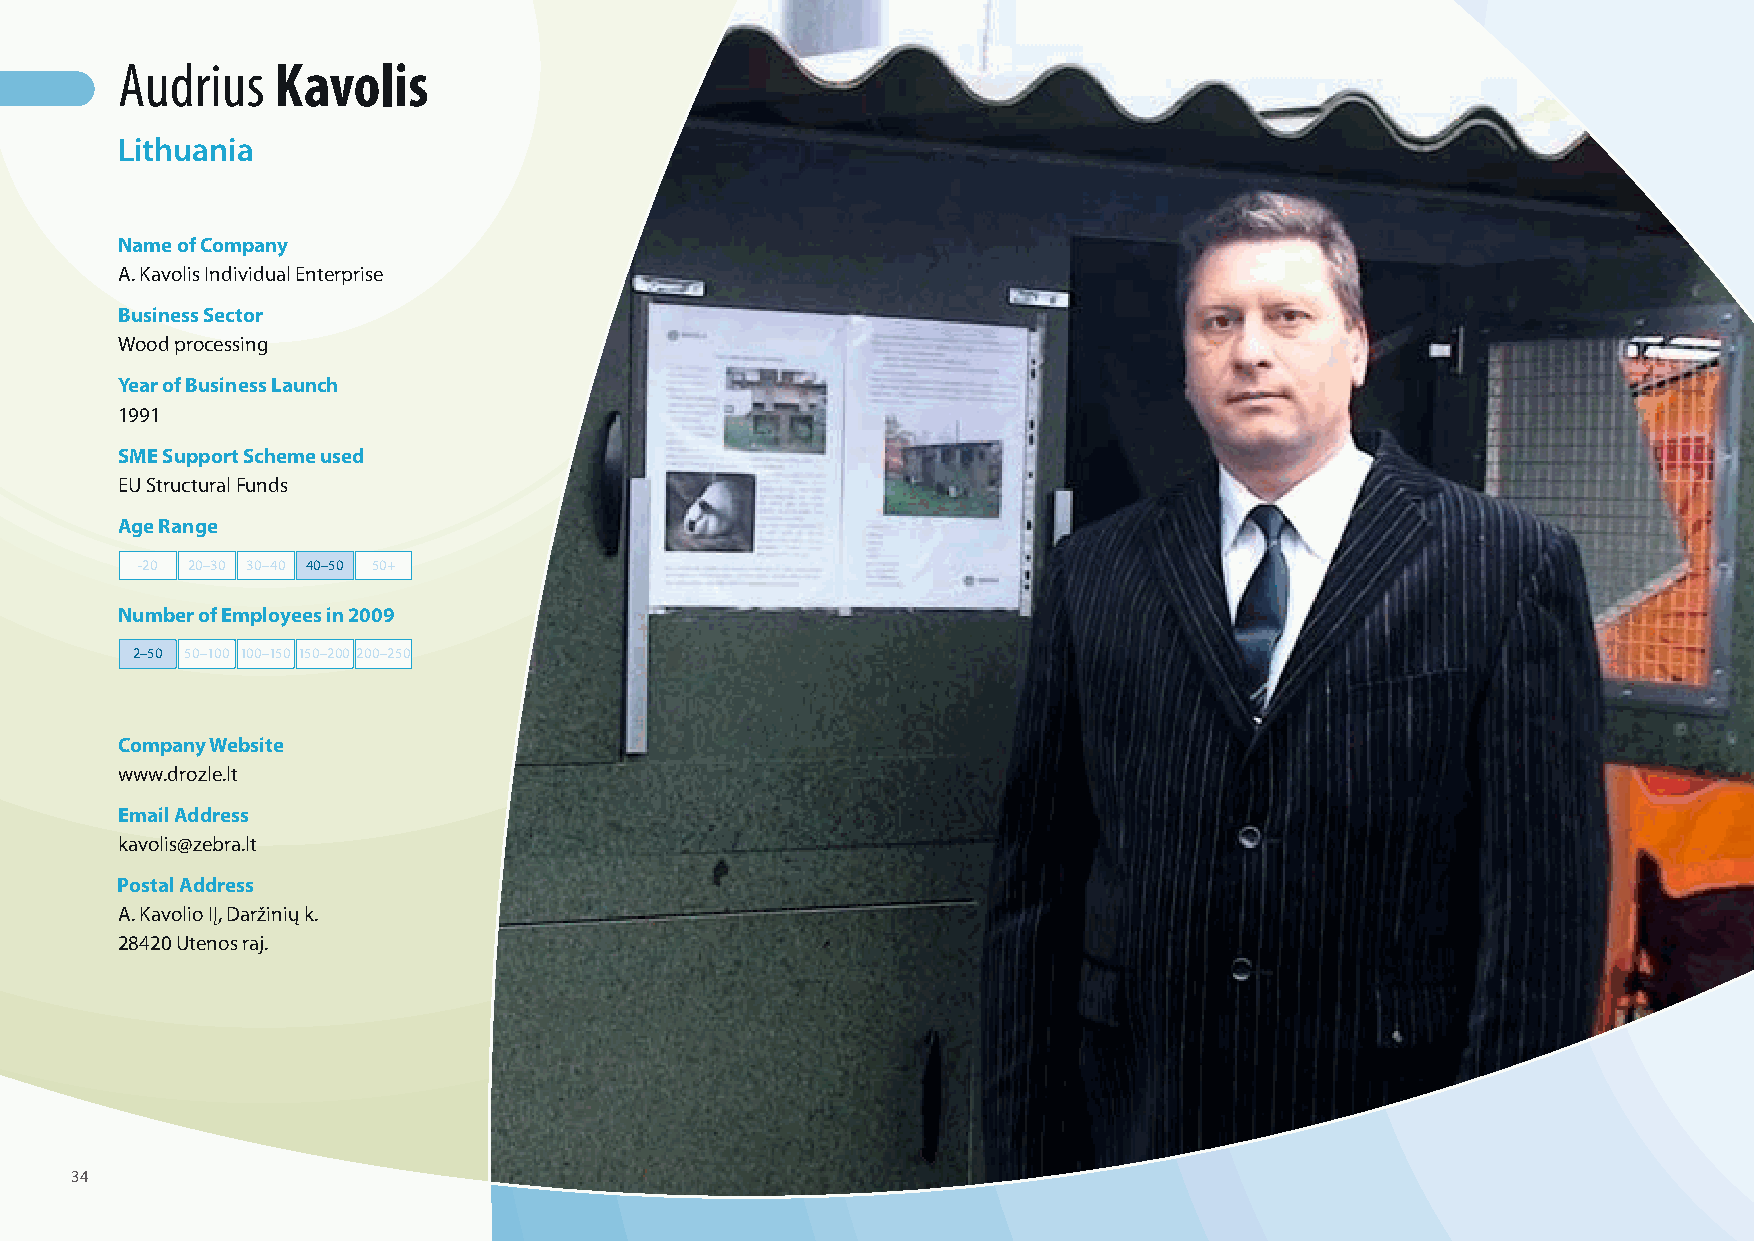
Audrius   Kavolis
 Lithuania
 Name of Company
 A. Kavolis Individual Enterprise
 Business Sector
 Wood processing
 Year of Business Launch
 1991
 SME Support Scheme used
 EU Structural Funds
 Age Range
 -20 20–30 30–40 40–50 50+
 Number of Employees in 2009
 2–50 50–100 100–150 150–200 200–250
 Company Website
 www.drozle.lt
 Email Address
 kavolis@zebra.lt
 Postal Address
 A. Kavolio IĮ, Daržinių k.
 28420 Utenos raj.
 34
 100426_SMEweek_broch_A4quer_hw.indd 34                                                                   27.04.2010 9:13:07 Uhr